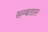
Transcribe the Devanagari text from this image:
खम्बताल